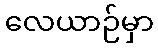
လေယာဉ်မှာ